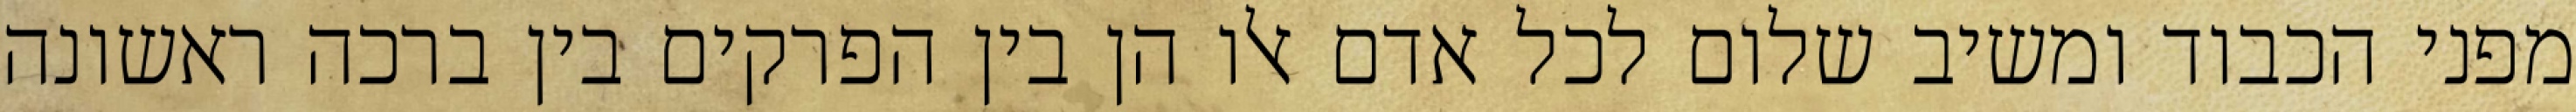
מפני הכבוד ומשיב שלום לכל אדם אלו הן בין הפרקים בין ברכה ראשונה